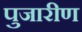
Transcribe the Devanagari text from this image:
पुजारीण